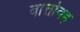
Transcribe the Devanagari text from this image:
वार्त्तावह